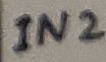
Text: IN2